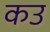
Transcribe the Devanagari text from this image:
कउ